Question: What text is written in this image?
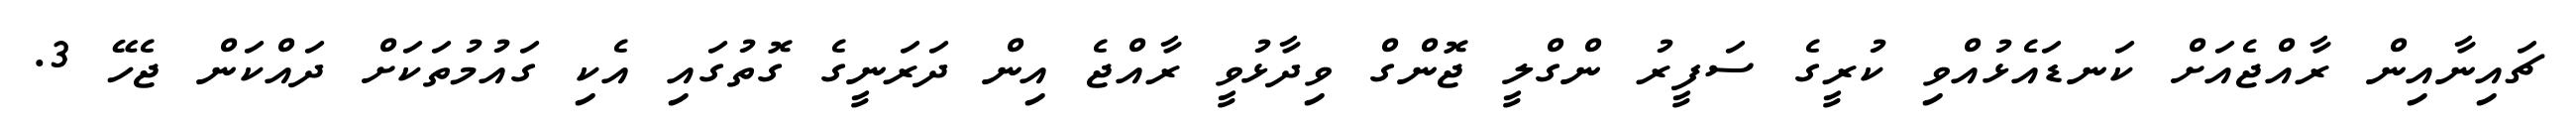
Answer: ޗައިނާއިން ރާއްޖެއަށް ކަނޑައެޅުއްވި ކުރީގެ ސަފީރު ންގްލީ ޖޮންގް ވިދާޅުވީ ރާއްޖެ އިން ދަރަނީގެ ގޮތުގައި އެކި ގައުމުތަކަށް ދައްކަން ޖެހޭ 3.